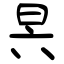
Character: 昗